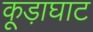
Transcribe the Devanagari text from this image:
कूड़ाघाट